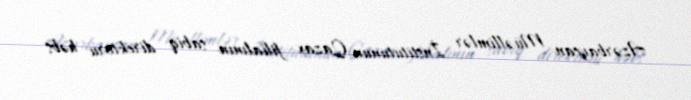
Azərbaycan Müəllimlər İnstitutunun Qazax filialının sabiq direktoru həbs